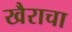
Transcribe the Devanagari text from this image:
खैराचा